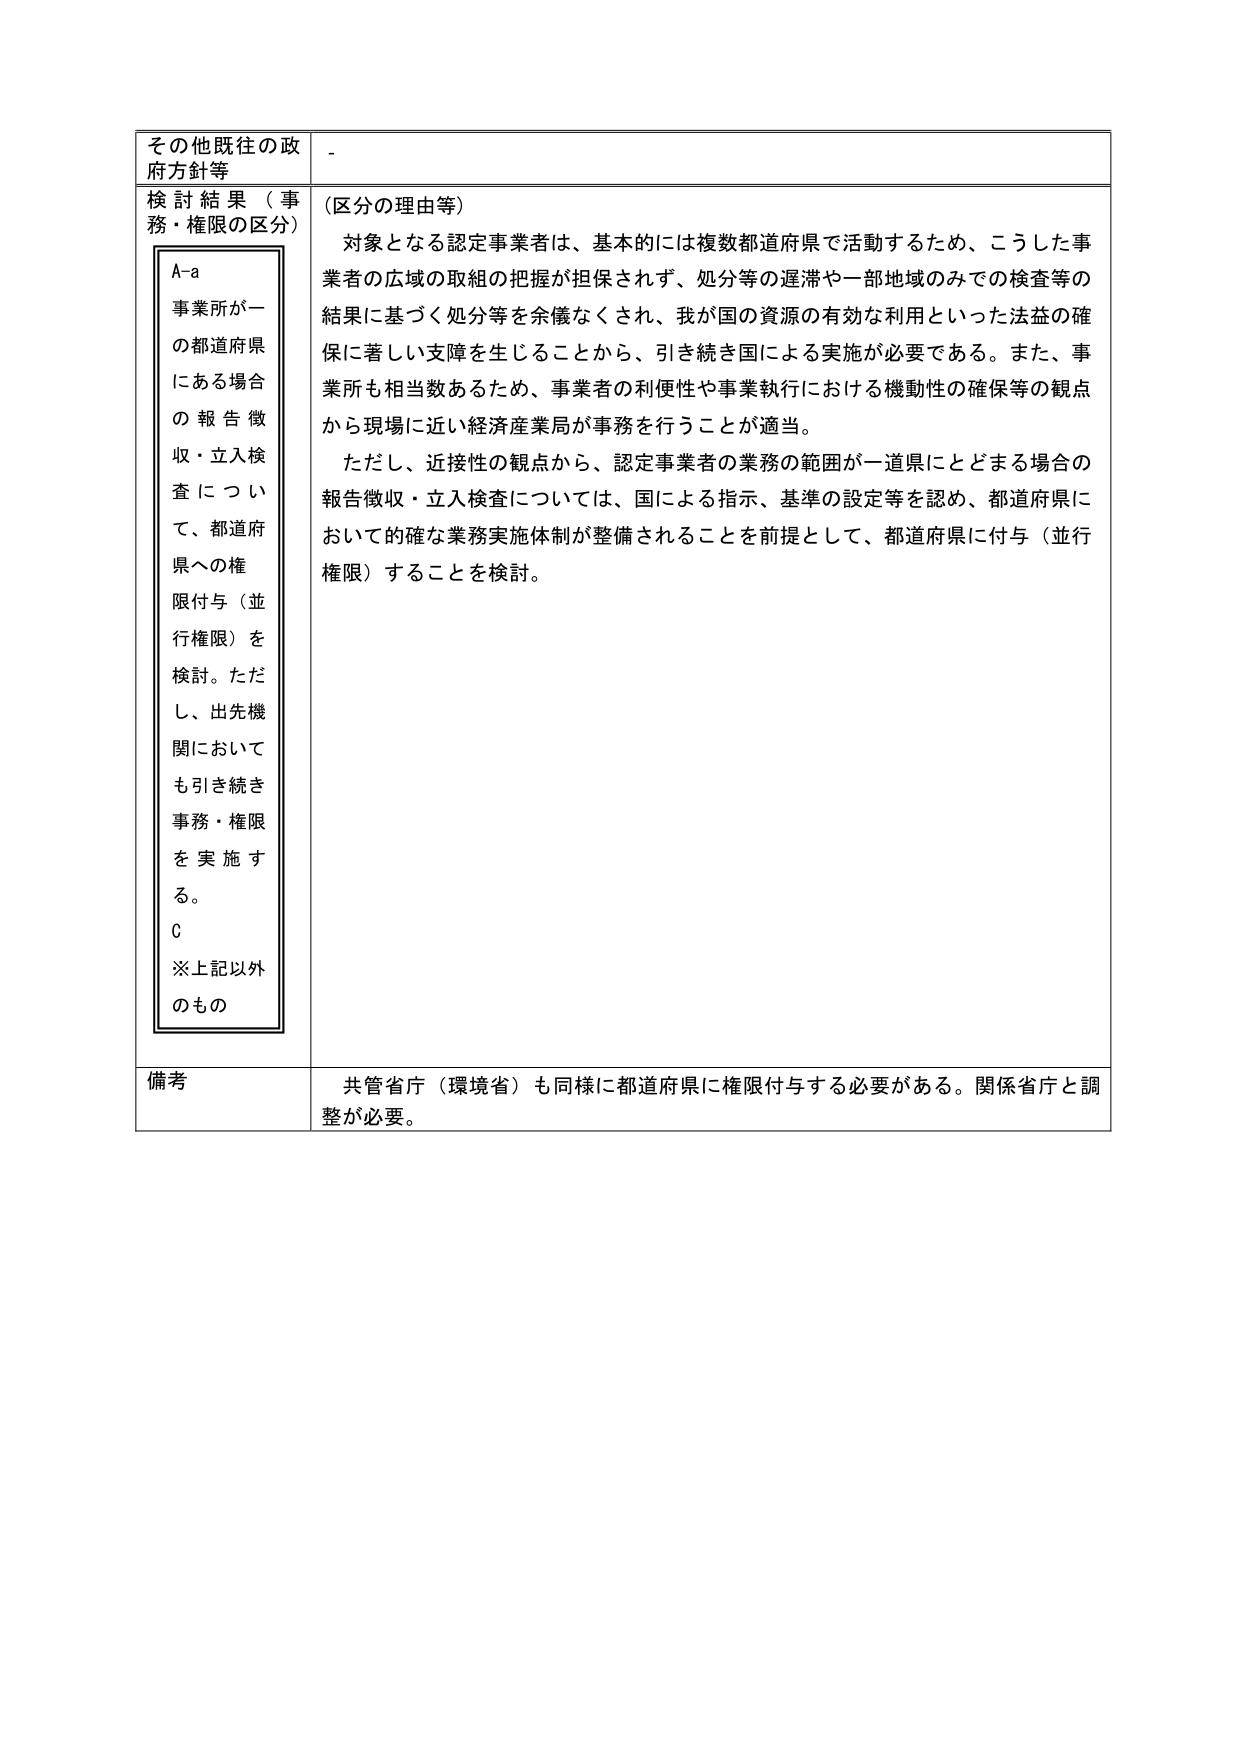
その他既往の政府方針等
-
検討結果（事務・権限の区分）
（区分の理由等）
A-a
事業所が一の都道府県にある場合の報告徴収・立入検査について、都道府県への権限付与（並行権限）を検討。ただし、出先機関においても引き続き事務・権限を実施する。
C
※上記以外のもの
対象となる認定事業者は、基本的には複数都道府県で活動するため、こうした事業者の広域の取組の把握が担保されず、処分等の遅滞や一部地域のみでの検査等の結果に基づく処分等を余儀なくされ、我が国の資源の有効な利用といった法益の確保に著しい支障を生じることから、引き続き国による実施が必要である。また、事業所も相当数あるため、事業者の利便性や事業執行における機動性の確保等の観点から現場に近い経済産業局が事務を行うことが適当。
ただし、近接性の観点から、認定事業者の業務の範囲が一道県にとどまる場合の報告徴収・立入検査については、国による指示、基準の設定等を認め、都道府県において的確な業務実施体制が整備されることを前提として、都道府県に付与（並行権限）することを検討。
備考
共管省庁（環境省）も同様に都道府県に権限付与する必要がある。関係省庁と調整が必要。